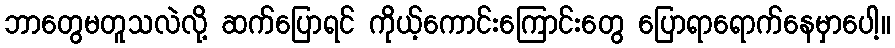
ဘာတွေမတူသလဲလို့ ဆက်ပြောရင် ကိုယ့်ကောင်းကြောင်းတွေ ပြောရာရောက်နေမှာပေါ့။